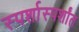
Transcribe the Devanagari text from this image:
स्पर्शास्पर्शांत